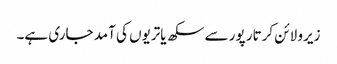
زیرو لائن کرتار پور سے سکھ یاتریوں کی آمد جاری ہے۔